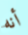
أنه